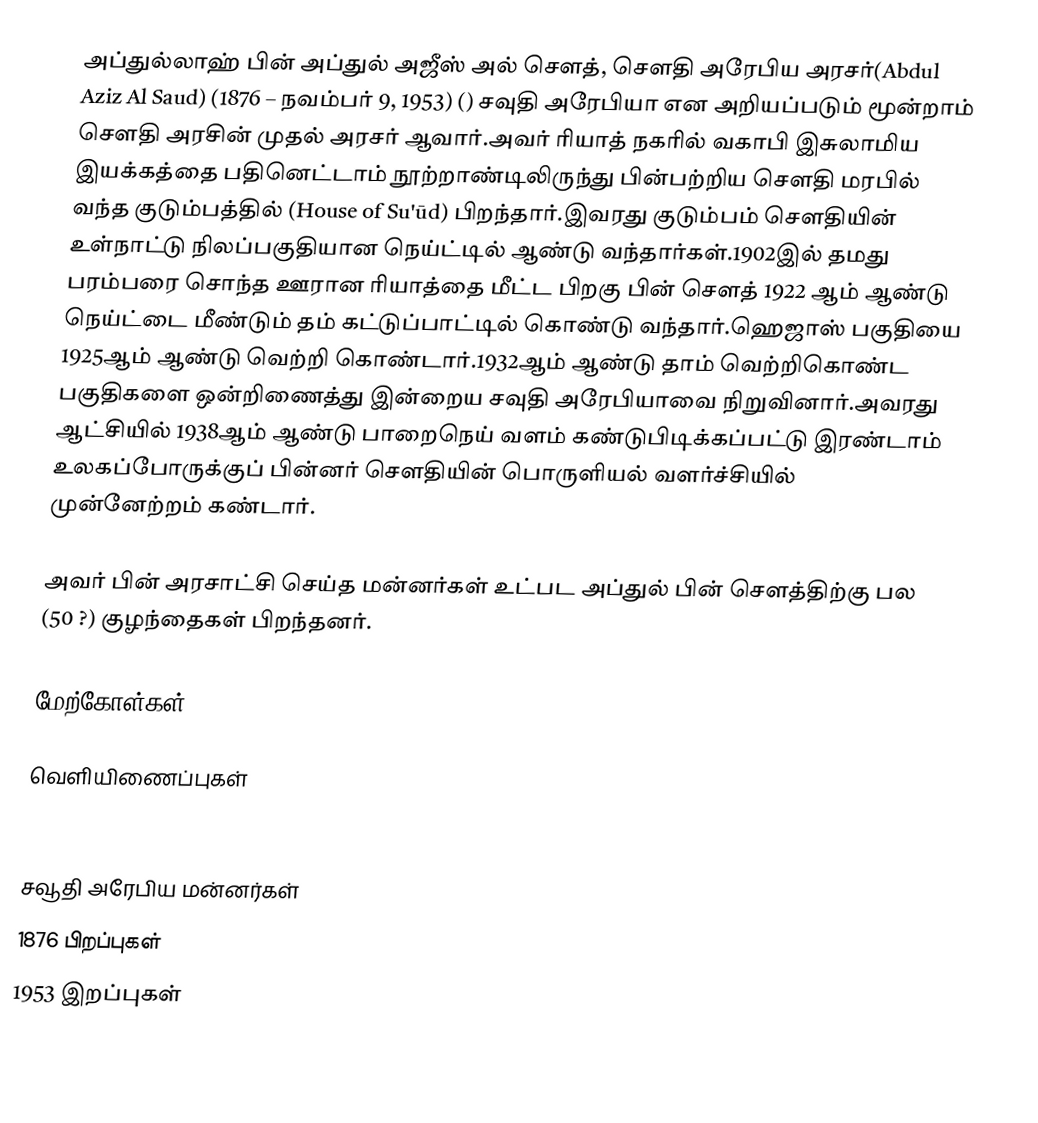
அப்துல்லாஹ் பின் அப்துல் அஜீஸ் அல் சௌத், சௌதி அரேபிய அரசர்(Abdul Aziz Al Saud) (1876 – நவம்பர் 9, 1953) () சவுதி அரேபியா என அறியப்படும் மூன்றாம் சௌதி அரசின் முதல் அரசர் ஆவார்.அவர் ரியாத் நகரில் வகாபி இசுலாமிய இயக்கத்தை பதினெட்டாம் நூற்றாண்டிலிருந்து பின்பற்றிய சௌதி மரபில் வந்த குடும்பத்தில் (House of Su'ūd) பிறந்தார்.இவரது குடும்பம் சௌதியின் உள்நாட்டு நிலப்பகுதியான நெய்ட்டில் ஆண்டு வந்தார்கள்.1902இல் தமது பரம்பரை சொந்த ஊரான ரியாத்தை மீட்ட பிறகு பின் சௌத் 1922 ஆம் ஆண்டு நெய்ட்டை மீண்டும் தம் கட்டுப்பாட்டில் கொண்டு வந்தார்.ஹெஜாஸ் பகுதியை 1925ஆம் ஆண்டு வெற்றி கொண்டார்.1932ஆம் ஆண்டு தாம் வெற்றிகொண்ட பகுதிகளை ஒன்றிணைத்து இன்றைய சவுதி அரேபியாவை நிறுவினார்.அவரது ஆட்சியில் 1938ஆம் ஆண்டு பாறைநெய் வளம் கண்டுபிடிக்கப்பட்டு இரண்டாம் உலகப்போருக்குப் பின்னர் சௌதியின் பொருளியல் வளர்ச்சியில் முன்னேற்றம் கண்டார்.

அவர் பின் அரசாட்சி செய்த மன்னர்கள் உட்பட அப்துல் பின் சௌத்திற்கு பல (50 ?) குழந்தைகள் பிறந்தனர்.

மேற்கோள்கள்

வெளியிணைப்புகள்

சவூதி அரேபிய மன்னர்கள்
1876 பிறப்புகள்
1953 இறப்புகள்